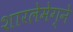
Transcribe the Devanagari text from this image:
शारलेमेग्ने